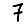
Digit: 7